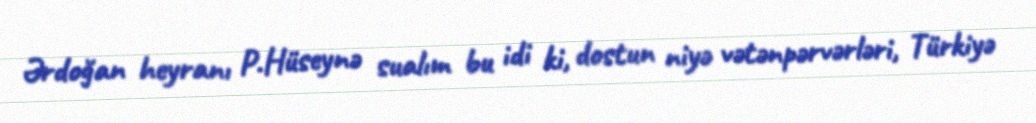
Ərdoğan heyranı P.Hüseynə sualım bu idi ki, dostun niyə vətənpərvərləri, Türkiyə